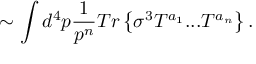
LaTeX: \sim \int d ^ { 4 } p \frac { 1 } { p ^ { n } } T r \left\{ \sigma ^ { 3 } { \cal T } ^ { a _ { 1 } } . . . { \cal T } ^ { a _ { n } } \right\} .